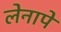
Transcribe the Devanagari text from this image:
लेनापे